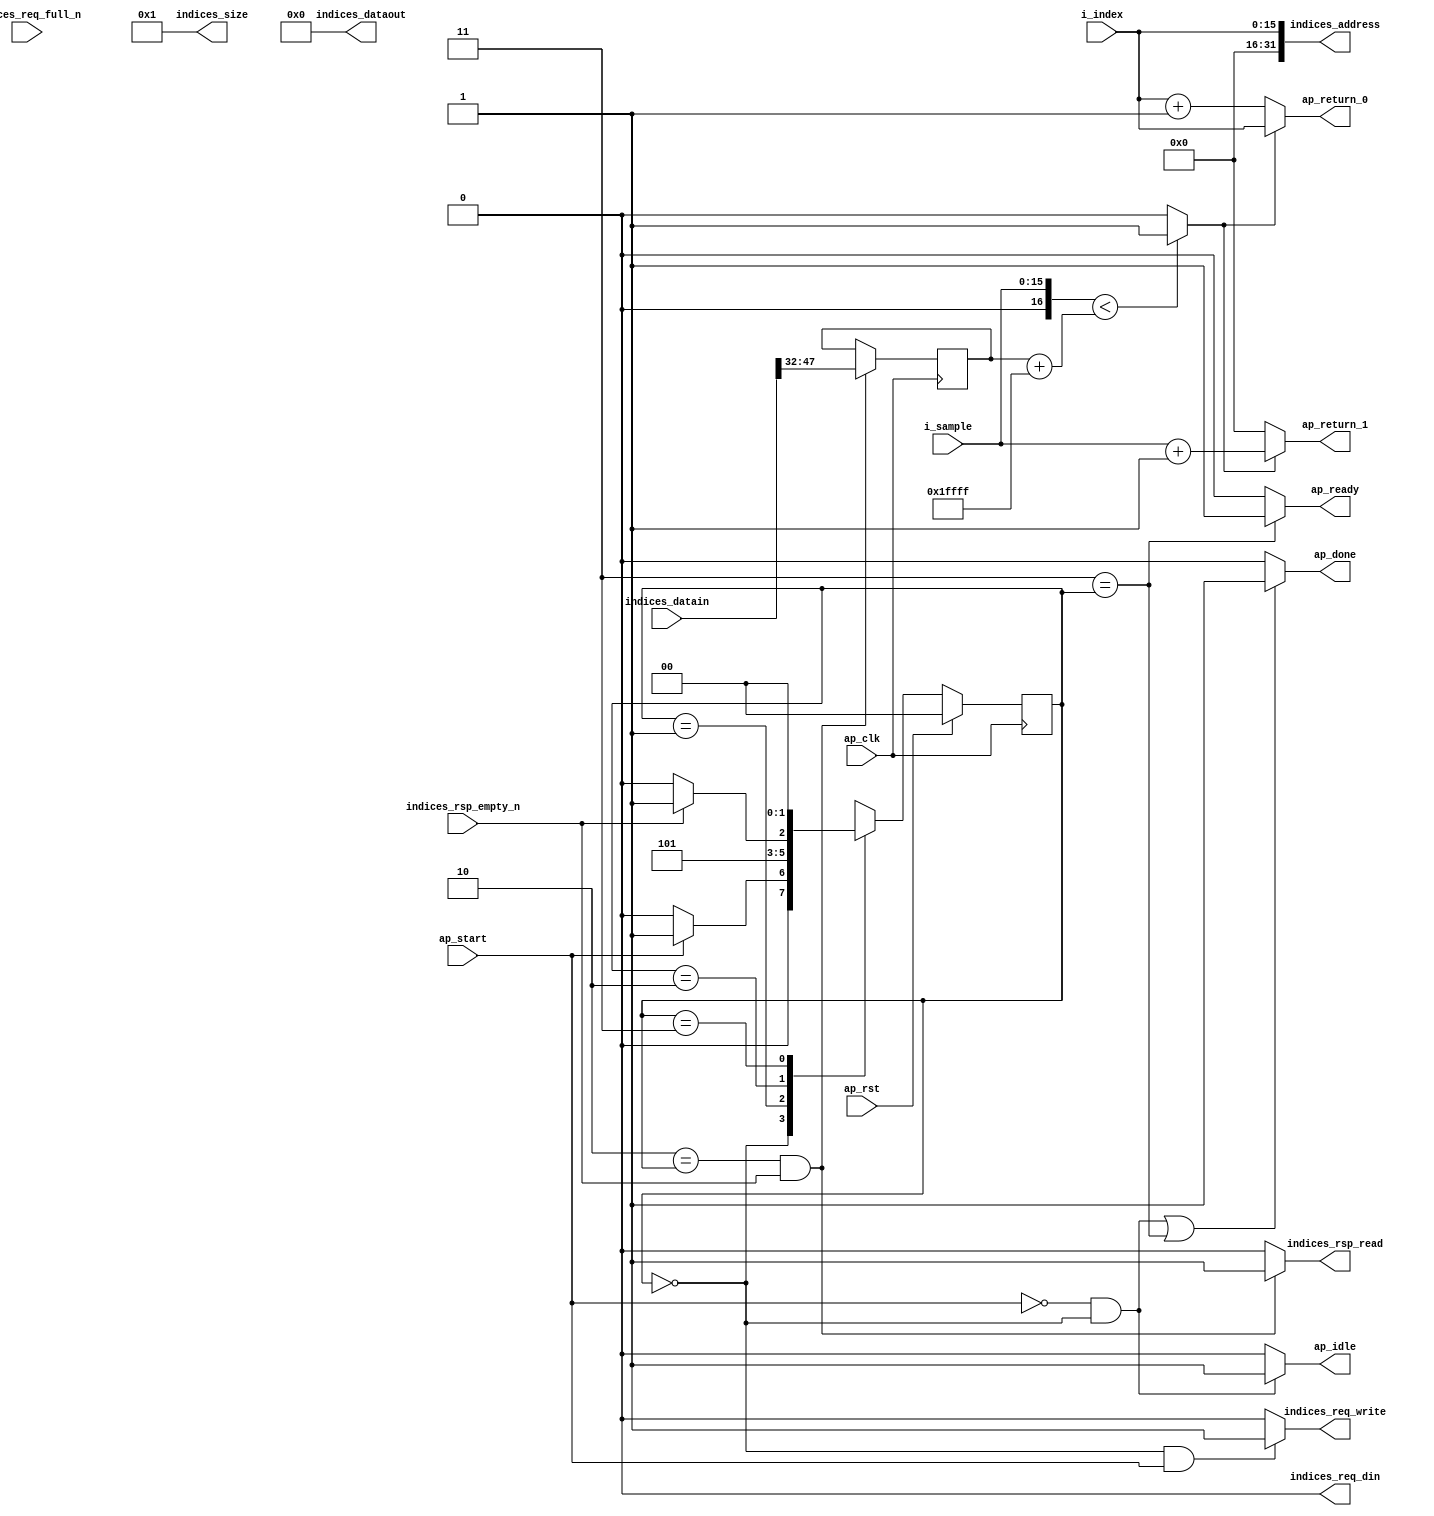
module sample_iterator_next (
        ap_clk,
        ap_rst,
        ap_start,
        ap_done,
        ap_idle,
        ap_ready,
        indices_req_din,
        indices_req_full_n,
        indices_req_write,
        indices_rsp_empty_n,
        indices_rsp_read,
        indices_address,
        indices_datain,
        indices_dataout,
        indices_size,
        i_index,
        i_sample,
        ap_return_0,
        ap_return_1
);

parameter    ap_const_logic_1 = 1'b1;
parameter    ap_const_logic_0 = 1'b0;
parameter    ap_ST_st1_fsm_0 = 2'b00;
parameter    ap_ST_st2_fsm_1 = 2'b1;
parameter    ap_ST_st3_fsm_2 = 2'b10;
parameter    ap_ST_st4_fsm_3 = 2'b11;
parameter    ap_const_lv32_1 = 32'b1;
parameter    ap_const_lv32_20 = 32'b100000;
parameter    ap_const_lv32_2F = 32'b101111;
parameter    ap_const_lv17_1FFFF = 17'b11111111111111111;
parameter    ap_const_lv16_1 = 16'b1;
parameter    ap_const_lv16_0 = 16'b0000000000000000;
parameter    ap_const_lv56_0 = 56'b00000000000000000000000000000000000000000000000000000000;
parameter    ap_true = 1'b1;

input   ap_clk;
input   ap_rst;
input   ap_start;
output   ap_done;
output   ap_idle;
output   ap_ready;
output   indices_req_din;
input   indices_req_full_n;
output   indices_req_write;
input   indices_rsp_empty_n;
output   indices_rsp_read;
output  [31:0] indices_address;
input  [55:0] indices_datain;
output  [55:0] indices_dataout;
output  [31:0] indices_size;
input  [15:0] i_index;
input  [15:0] i_sample;
output  [15:0] ap_return_0;
output  [15:0] ap_return_1;

reg ap_done;
reg ap_idle;
reg ap_ready;
reg indices_req_write;
reg indices_rsp_read;
reg   [1:0] ap_CS_fsm = 2'b00;
reg   [15:0] indices_samples_load_new5_reg_161;
wire   [63:0] tmp_s_fu_67_p1;
wire   [16:0] tmp_9_cast_fu_92_p1;
wire   [16:0] tmp_4_fu_95_p2;
wire   [17:0] tmp_cast_fu_88_p1;
wire   [17:0] tmp_5_fu_105_p1;
wire   [0:0] tmp_5_fu_105_p2;
wire   [15:0] tmp_7_fu_116_p2;
wire   [15:0] tmp_6_fu_111_p2;
wire   [15:0] agg_result_index_write_assign_fu_130_p3;
wire   [15:0] agg_result_sample_write_assign_fu_122_p3;
reg   [1:0] ap_NS_fsm;




/// the current state (ap_CS_fsm) of the state machine. ///
always @ (posedge ap_clk)
begin : ap_ret_ap_CS_fsm
    if (ap_rst == 1'b1) begin
        ap_CS_fsm <= ap_ST_st1_fsm_0;
    end else begin
        ap_CS_fsm <= ap_NS_fsm;
    end
end

/// assign process. ///
always @(posedge ap_clk)
begin
    if (((ap_ST_st3_fsm_2 == ap_CS_fsm) & ~(indices_rsp_empty_n == ap_const_logic_0))) begin
        indices_samples_load_new5_reg_161 <= {{indices_datain[ap_const_lv32_2F : ap_const_lv32_20]}};
    end
end

/// ap_done assign process. ///
always @ (ap_start or ap_CS_fsm)
begin
    if (((~(ap_const_logic_1 == ap_start) & (ap_ST_st1_fsm_0 == ap_CS_fsm)) | (ap_ST_st4_fsm_3 == ap_CS_fsm))) begin
        ap_done = ap_const_logic_1;
    end else begin
        ap_done = ap_const_logic_0;
    end
end

/// ap_idle assign process. ///
always @ (ap_start or ap_CS_fsm)
begin
    if ((~(ap_const_logic_1 == ap_start) & (ap_ST_st1_fsm_0 == ap_CS_fsm))) begin
        ap_idle = ap_const_logic_1;
    end else begin
        ap_idle = ap_const_logic_0;
    end
end

/// ap_ready assign process. ///
always @ (ap_CS_fsm)
begin
    if ((ap_ST_st4_fsm_3 == ap_CS_fsm)) begin
        ap_ready = ap_const_logic_1;
    end else begin
        ap_ready = ap_const_logic_0;
    end
end

/// indices_req_write assign process. ///
always @ (ap_start or ap_CS_fsm)
begin
    if (((ap_ST_st1_fsm_0 == ap_CS_fsm) & ~(ap_start == ap_const_logic_0))) begin
        indices_req_write = ap_const_logic_1;
    end else begin
        indices_req_write = ap_const_logic_0;
    end
end

/// indices_rsp_read assign process. ///
always @ (ap_CS_fsm or indices_rsp_empty_n)
begin
    if (((ap_ST_st3_fsm_2 == ap_CS_fsm) & ~(indices_rsp_empty_n == ap_const_logic_0))) begin
        indices_rsp_read = ap_const_logic_1;
    end else begin
        indices_rsp_read = ap_const_logic_0;
    end
end
always @ (ap_start or ap_CS_fsm or indices_rsp_empty_n)
begin
    case (ap_CS_fsm)
        ap_ST_st1_fsm_0 : 
            if (~(ap_start == ap_const_logic_0)) begin
                ap_NS_fsm = ap_ST_st2_fsm_1;
            end else begin
                ap_NS_fsm = ap_ST_st1_fsm_0;
            end
        ap_ST_st2_fsm_1 : 
            ap_NS_fsm = ap_ST_st3_fsm_2;
        ap_ST_st3_fsm_2 : 
            if (~(indices_rsp_empty_n == ap_const_logic_0)) begin
                ap_NS_fsm = ap_ST_st4_fsm_3;
            end else begin
                ap_NS_fsm = ap_ST_st3_fsm_2;
            end
        ap_ST_st4_fsm_3 : 
            ap_NS_fsm = ap_ST_st1_fsm_0;
        default : 
            ap_NS_fsm = 'bx;
    endcase
end
assign agg_result_index_write_assign_fu_130_p3 = ((tmp_5_fu_105_p2)? i_index: tmp_6_fu_111_p2);
assign agg_result_sample_write_assign_fu_122_p3 = ((tmp_5_fu_105_p2)? tmp_7_fu_116_p2: ap_const_lv16_0);
assign ap_return_0 = agg_result_index_write_assign_fu_130_p3;
assign ap_return_1 = agg_result_sample_write_assign_fu_122_p3;
assign indices_address = tmp_s_fu_67_p1;
assign indices_dataout = ap_const_lv56_0;
assign indices_req_din = ap_const_logic_0;
assign indices_size = ap_const_lv32_1;
assign tmp_4_fu_95_p2 = (tmp_9_cast_fu_92_p1 + ap_const_lv17_1FFFF);
assign tmp_5_fu_105_p1 = $signed(tmp_4_fu_95_p2);
assign tmp_5_fu_105_p2 = ($signed(tmp_cast_fu_88_p1) < $signed(tmp_5_fu_105_p1)? 1'b1: 1'b0);
assign tmp_6_fu_111_p2 = (i_index + ap_const_lv16_1);
assign tmp_7_fu_116_p2 = (i_sample + ap_const_lv16_1);
assign tmp_9_cast_fu_92_p1 = $unsigned(indices_samples_load_new5_reg_161);
assign tmp_cast_fu_88_p1 = $unsigned(i_sample);
assign tmp_s_fu_67_p1 = $unsigned(i_index);


endmodule